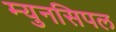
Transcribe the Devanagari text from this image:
म्युनसिपल